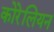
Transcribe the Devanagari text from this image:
कोरेलियन